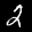
Label: 2